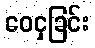
ဝေငှခြင်း